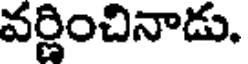
వర్ణించినాడు.